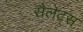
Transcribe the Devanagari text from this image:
सैलेट्स